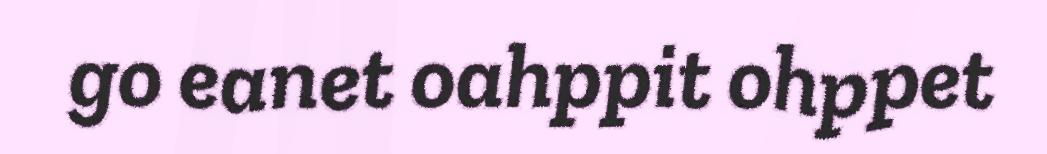
go eanet oahppit ohppet